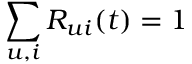
\sum _ { u , i } R _ { u i } ( t ) = 1